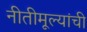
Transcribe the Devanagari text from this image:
नीतीमूल्यांची